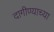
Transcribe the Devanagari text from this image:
दागीण्याच्या